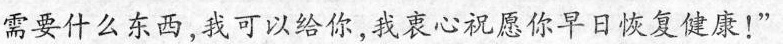
需要什么东西，我可以给你，我衷心祝愿你早日恢复健康！”